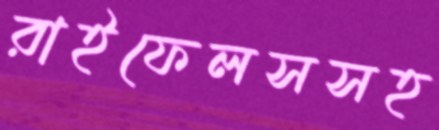
রাইফেলসসহ